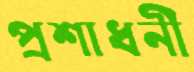
প্রশাধনী